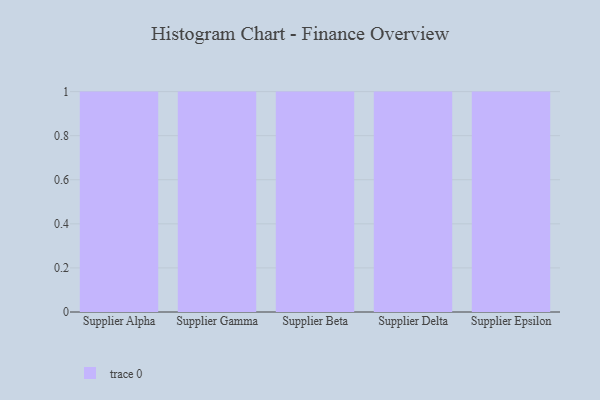
{"axis": {"x": "Supplier", "y": "Inventory Turnover"}, "legend": [""], "data": [{"x": "Supplier Alpha", "y": 93, "type": ""}, {"x": "Supplier Gamma", "y": 87, "type": ""}, {"x": "Supplier Beta", "y": 17, "type": ""}, {"x": "Supplier Delta", "y": 65, "type": ""}, {"x": "Supplier Epsilon", "y": 11, "type": ""}]}